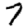
Digit: 7